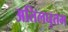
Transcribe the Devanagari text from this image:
अतिलघुतम